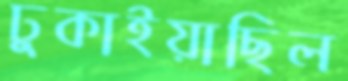
ঢুকাইয়াছিল